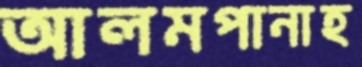
আলমপানাহ